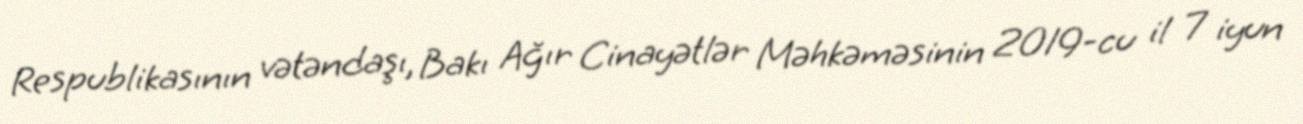
Respublikasının vətəndaşı, Bakı Ağır Cinayətlər Məhkəməsinin 2019-cu il 7 iyun